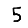
Digit: 5